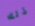
ذلك